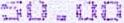
50.00